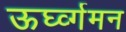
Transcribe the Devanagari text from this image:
ऊर्घ्व्गमन